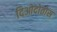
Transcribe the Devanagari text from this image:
दिओदोतोस